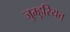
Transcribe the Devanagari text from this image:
जुम्हूरियत्